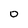
Character: 0